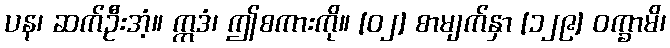
ပန၊ ဆက်ဦးအံ့။ ဣဒံ၊ ဤစကားကို။ [၀၂] စာမျက်နှာ [၁၂၉] ဝက္ခာမိ၊